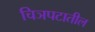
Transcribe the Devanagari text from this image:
चिञपटातील